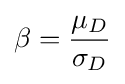
\beta ={\frac {\mu _{D}}{\sigma _{D}}}